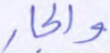
والجار